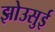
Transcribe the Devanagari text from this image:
झोउसुई